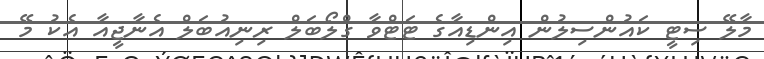
މާލޭ ސިޓީ ކައުންސިލުން އިންޑިއާގެ ޓަޓްވާ ގްލޯބަލް ރިނިއުބަލް އެނާޖީއާ އެކު މޭ